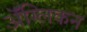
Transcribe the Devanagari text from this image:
ॲंग्लिकन